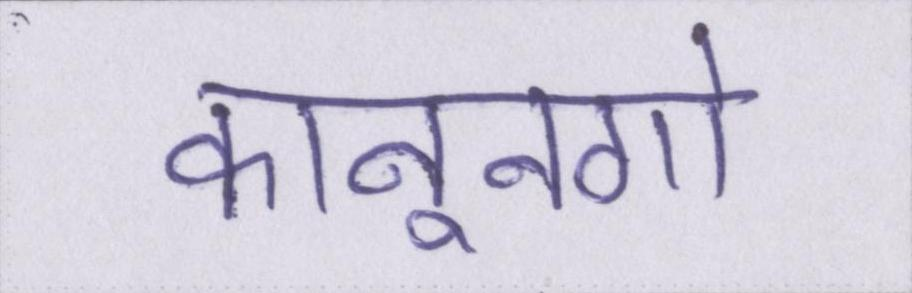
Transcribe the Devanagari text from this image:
कानूनगो